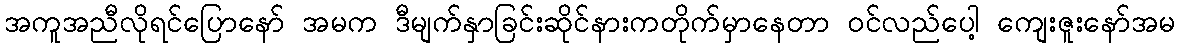
အကူအညီလိုရင်ပြောနော် အမက ဒီမျက်နှာခြင်းဆိုင်နားကတိုက်မှာနေတာ ဝင်လည်ပေါ့ ကျေးဇူးနော်အမ